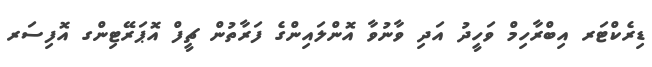
ޑިރެކްޓަރ އިބްރާހިމް ވަހީދު އަދި ވާނުވާ އޮންލައިންގެ ފަރާތުން ޗީފް އޮޕަރޭޓިންގ އޮފިސަރ